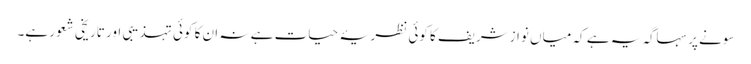
سونے پر سہاگہ یہ ہے کہ میاں نوازشریف کا کوئی نظریۂ حیات ہے نہ ان کا کوئی تہذیبی اور تاریخی شعور ہے۔